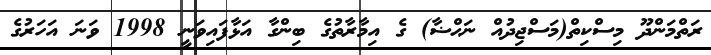
ރަތްމަންދޫ މިސްކިތް(މަސްޖިދުއް ނަޙްޟާ) ގެ އިމާރާތުގެ ބިންގާ އަޅާފައިވަނީ 1998 ވަނަ އަހަރުގެ